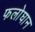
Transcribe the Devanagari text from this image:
फलोघान